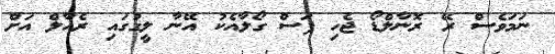
ނަމަވެސް ރޭ ރޮނާލްޑޯ ޖެހި ފަސް ގޯލާއެކު އޭނާ ލީގުގައި ރެއާލް އަށް